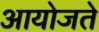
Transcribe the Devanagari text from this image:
आयोजते